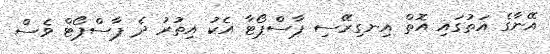
އޭނާގެ އަތުގައި އޮތް އިނގިރޭސި ޕާސްޕޯޓާ އެކު އިތުރު ދެ ޕާސްޕޯޓް ވެސް